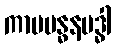
ကာမဗန္ဓနဗဒ္ဓါ